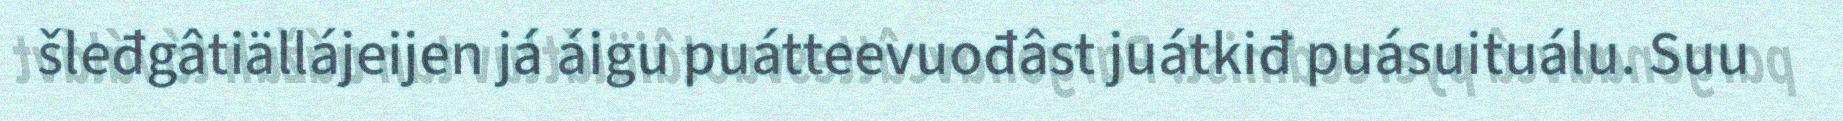
šleđgâtiällájeijen já áigu puátteevuođâst juátkiđ puásuituálu. Suu